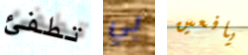
تطفئ بي يافعين